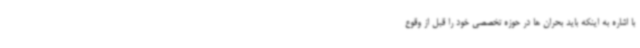
با اشاره به اینکه باید بحران ها در حوزه تخصصی خود را قبل از وقوع